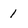
Character: 1